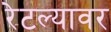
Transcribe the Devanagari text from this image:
रेटल्यावर